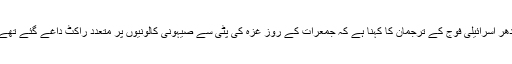
ادھر اسرائیلی فوج کے ترجمان کا کہنا ہے کہ جمعرات کے روز غزہ کی پٹی سے صیہونی کالونیوں پر متعدد راکٹ داغے گئے تھے۔